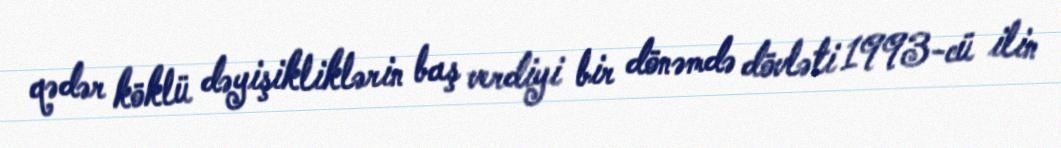
qədər köklü dəyişikliklərin baş verdiyi bir dönəmdə dövləti 1993-cü ilin